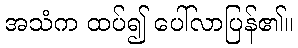
အသံက ထပ်၍ ပေါ်လာပြန်၏။